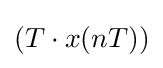
(T\cdot x(nT))